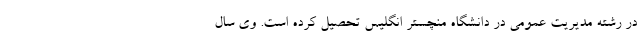
در رشته مدیریت عمومی در دانشگاه منچستر انگلیس تحصیل کرده است. وی سال